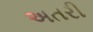
અતરી